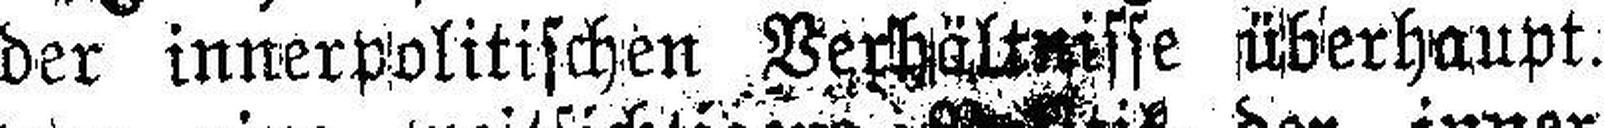
der innerpolitischen Verhältnisse überhaupt.